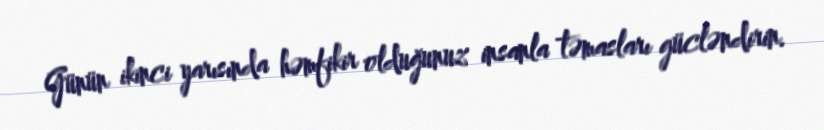
Günün ikinci yarısında həmfikir olduğunuz insanla təmasları gücləndirin.